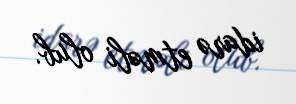
idarə etməli olub.